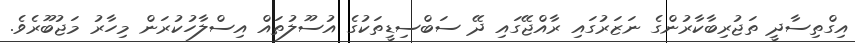
އިގްތިސާދީ ތަޖުރިބާކާރުންގެ ނަޒަރުގައި ރާއްޖޭގައި ދޭ ސަބްސިޑީތަކުގެ އުސޫލުތައް އިސްލާހުކުރަން މިހާރު މަޖުބޫރެވެ.